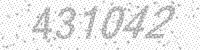
Solution: 431042